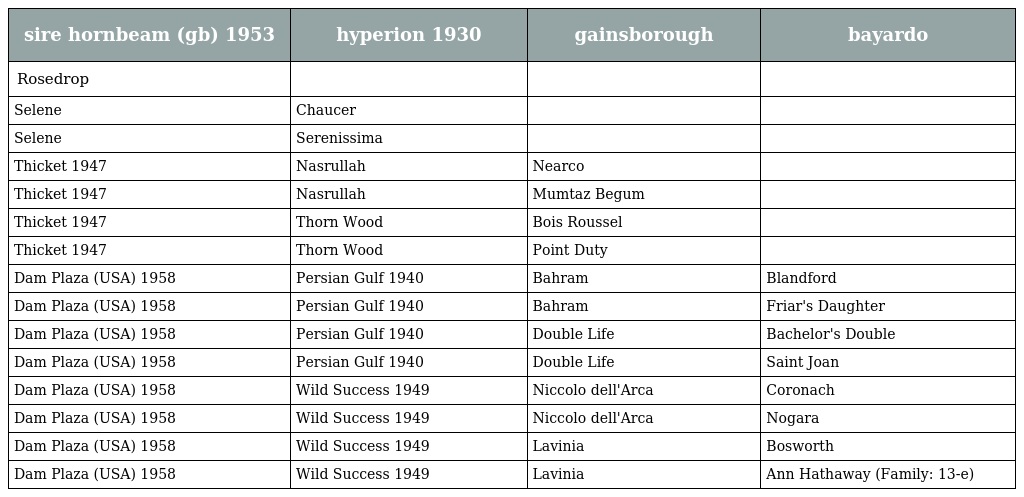
| sire hornbeam (gb) 1953 | hyperion 1930 | gainsborough | bayardo |
 | --- | --- | --- | --- |
 | Rosedrop |  |  |  |
 | Selene | Chaucer |  |  |
 | Selene | Serenissima |  |  |
 | Thicket 1947 | Nasrullah | Nearco |  |
 | Thicket 1947 | Nasrullah | Mumtaz Begum |  |
 | Thicket 1947 | Thorn Wood | Bois Roussel |  |
 | Thicket 1947 | Thorn Wood | Point Duty |  |
 | Dam Plaza (USA) 1958 | Persian Gulf 1940 | Bahram | Blandford |
 | Dam Plaza (USA) 1958 | Persian Gulf 1940 | Bahram | Friar's Daughter |
 | Dam Plaza (USA) 1958 | Persian Gulf 1940 | Double Life | Bachelor's Double |
 | Dam Plaza (USA) 1958 | Persian Gulf 1940 | Double Life | Saint Joan |
 | Dam Plaza (USA) 1958 | Wild Success 1949 | Niccolo dell'Arca | Coronach |
 | Dam Plaza (USA) 1958 | Wild Success 1949 | Niccolo dell'Arca | Nogara |
 | Dam Plaza (USA) 1958 | Wild Success 1949 | Lavinia | Bosworth |
 | Dam Plaza (USA) 1958 | Wild Success 1949 | Lavinia | Ann Hathaway (Family: 13-e) |